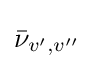
{\bar {\nu }}_{v',v''}